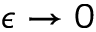
\epsilon \to 0